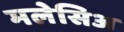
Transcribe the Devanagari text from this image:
मलेसिअ